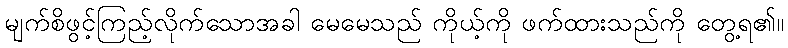
မျက်စိဖွင့်ကြည့်လိုက်သောအခါ မေမေသည် ကိုယ့်ကို ဖက်ထားသည်ကို တွေ့ရ၏။